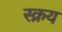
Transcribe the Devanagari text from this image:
स्क्रय